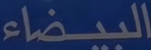
البيضاء